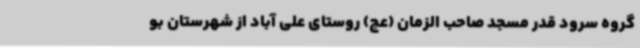
گروه سرود قدر مسجد صاحب الزمان (عج) روستای علی آباد از شهرستان بو